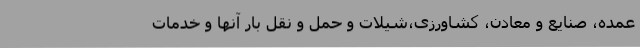
عمده، صنایع و معادن، کشاورزی،‌شیلات و حمل و نقل بار آنها و خدمات